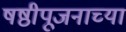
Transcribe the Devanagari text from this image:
षष्ठीपूजनाच्या